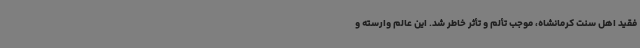
فقید اهل سنت کرمانشاه، موجب تألم و تأثر خاطر شد. این عالم وارسته و